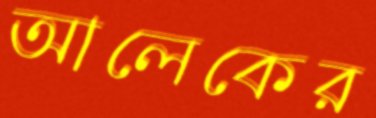
আলেকের